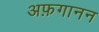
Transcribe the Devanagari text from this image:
अफ़गानन